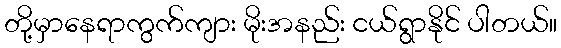
တို့မှာနေရာကွက်ကျား မိုးအနည်း ငယ်ရွာနိုင် ပါတယ်။